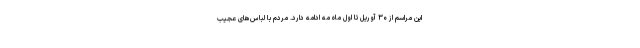
این مراسم از ۳۰ آوریل تا اول ماه مه ادامه دارد. مردم با لباس‌های عجیب